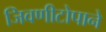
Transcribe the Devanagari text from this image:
जिवणीटोपाने